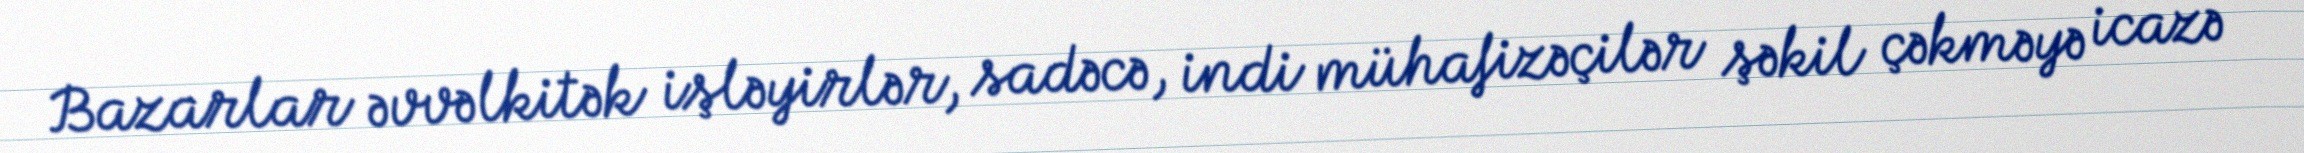
Bazarlar əvvəlkitək işləyirlər, sadəcə, indi mühafizəçilər şəkil çəkməyə icazə